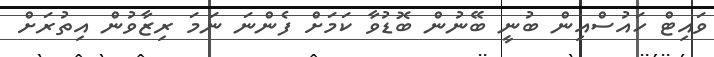
ވައިޓް ހައުސްއިން ބުނީ ބޭނުން ބޮޑުވާ ކަމަށް ފެންނަ ނަަމަ ރިޒާވުން އިތުރަށް